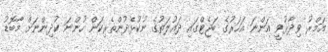
އަމްރު ވިދާޅުވީ އަންނަ އަހަރުގެ ބަޖެޓްގައި ދައުލަތުގެ ނުކުޅެދުންތެރިކަން ހުންނަ ކުދިންނަށް މާބޮޑު